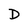
Character: D